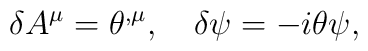
\delta A^\mu=\theta^{,\mu},\quad\delta\psi=-i\theta\psi,